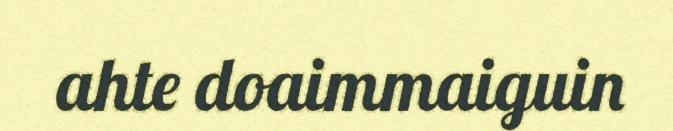
ahte doaimmaiguin